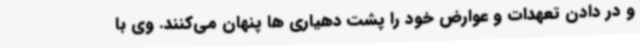
و در دادن تعهدات و عوارض خود را پشت دهیاری ها پنهان می‌کنند. وی با